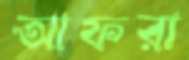
আফরা